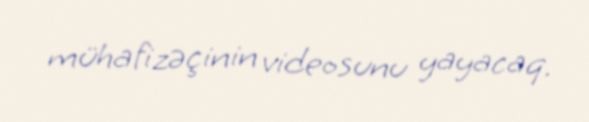
mühafizəçinin videosunu yayacaq.